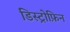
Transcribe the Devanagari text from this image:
डिस्ट्रोफ़िन